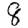
Digit: 8